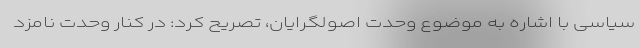
سیاسی با اشاره به موضوع وحدت اصولگرایان، تصریح کرد: در کنار وحدت نامزد